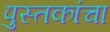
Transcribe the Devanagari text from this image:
पुस्‍तकांचा